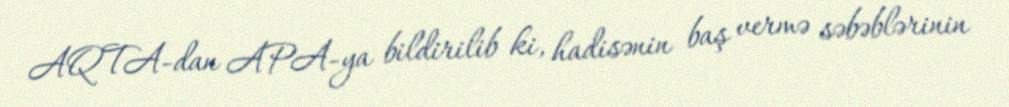
AQTA-dan APA-ya bildirilib ki, hadisənin baş vermə səbəblərinin